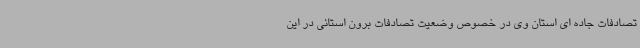
تصادفات جاده ای استان وی در خصوص وضعیت تصادفات برون استانی در این